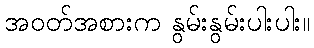
အဝတ်အစားက နွမ်းနွမ်းပါးပါး။